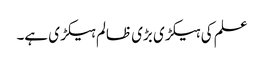
علم کی ہیکڑی بڑی ظالم ہیکڑی ہے۔